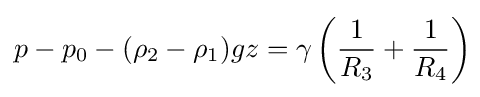
p-p_{0}-(\rho _{2}-\rho _{1})gz=\gamma \left({\frac {1}{R_{3}}}+{\frac {1}{R_{4}}}\right)\!